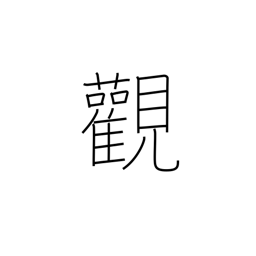
Meaning: outlook